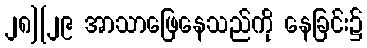
၂၈][၂၉ အာသာဖြေနေသည်ကို နေခြင်း၌